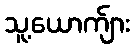
သူ့ယောက်ျား